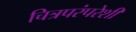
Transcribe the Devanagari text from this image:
चित्रपरंपरेशी